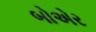
બોએર